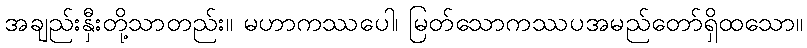
အချည်းနှီးတို့သာတည်း။ မဟာကဿပေါ၊ မြတ်သောကဿပအမည်တော်ရှိထသော။